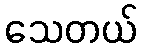
သေတယ်